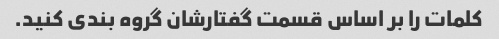
کلمات را بر اساس قسمت گفتارشان گروه بندی کنید.